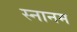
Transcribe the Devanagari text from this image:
स्नानम